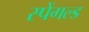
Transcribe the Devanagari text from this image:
स्पेंगल्ड